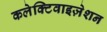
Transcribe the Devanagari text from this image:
कलेक्टिवाइज़ेशन